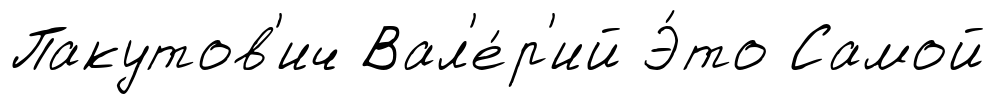
Пакутов'ич Вал'е́р'ий Э́то Самой